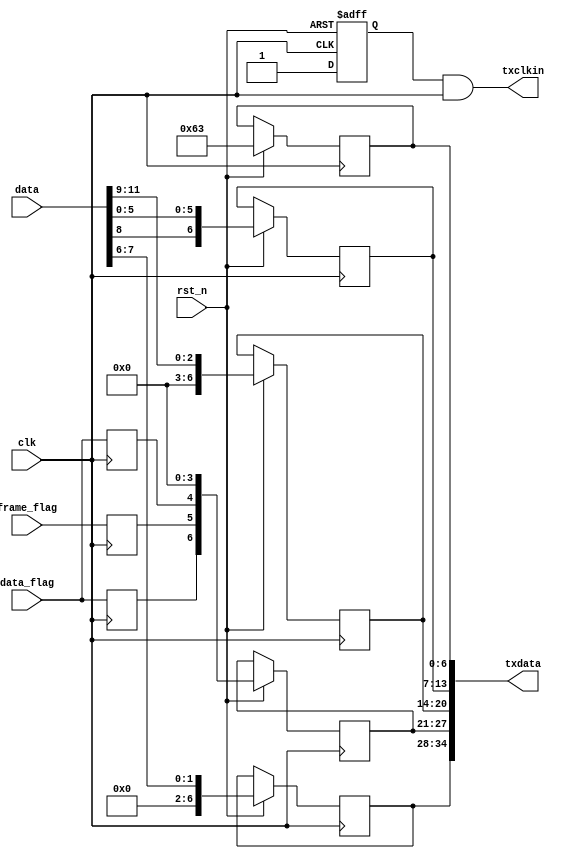
`timescale 1ns / 1ps
//////////////////////////////////////////////////////////////////////////////////
// Company: 
// Engineer: 
// 
// Design Name: 
// Module Name: data_code
// Project Name: 
// Target Devices: 
// Tool Versions: 
// Description: 
// 
// Dependencies: 
// 
// Revision:
// Revision 0.01 - File Created
// Additional Comments:
// 
//////////////////////////////////////////////////////////////////////////////////
module data_code(
	clk,  
	rst_n,
	data,
	frame_flag,
	data_flag,
	
	txclkin,
	txdata
);

input clk,rst_n;
input [15:0] data;
input frame_flag;
input data_flag;

output [34:0] txdata;
output txclkin;

`define LINE 576
//`define LINE 18

wire daclk;
assign daclk = ~clk;

reg dval;
reg lval;
reg fval;
always @(posedge clk) begin
	lval <= data_flag;
	dval <= data_flag;
	fval <= frame_flag;
end


reg [6:0] datain3;
reg [6:0] datain2;
reg [6:0] datain1;
reg [6:0] datain0;
reg [6:0] clkin;
reg data_en;
always @(posedge daclk or negedge rst_n) begin
	if(!rst_n) begin
		data_en <= 1'b0;
	end
	else begin
		datain3 <= {1'b0, 1'b0, 1'b0, 1'b0, 1'b0, data[7], data[6]};
		datain2 <= {dval, fval, lval, 1'b0, 1'b0, 1'b0, 1'b0};
		datain1 <= {1'b0, 1'b0, 1'b0, 1'b0, data[11:9]};
		datain0 <= {data[8], data[5:0]};
		clkin  <= {1'b1, 1'b1, 1'b0, 1'b0, 1'b0, 1'b1, 1'b1};
		
		data_en <= 1'b1;
	end
end

assign txdata = {datain3, datain2, datain1, datain0, clkin};
assign txclkin = data_en & clk;

endmodule